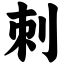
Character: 刺